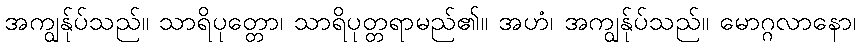
အကျွန်ုပ်သည်။ သာရိပုတ္တော၊ သာရိပုတ္တရာမည်၏။ အဟံ၊ အကျွန်ုပ်သည်။ မောဂ္ဂလာနော၊